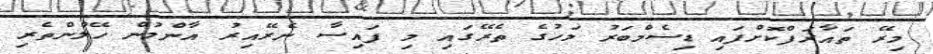
މިރޭ ތައާރަފްކޮށްފައި ޑިސެމްބަރު މަހުގެ ތެރޭގައި މި ފައިސާ ނެރޭއިރު އާންމުން ހޭލުންތެރި